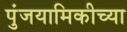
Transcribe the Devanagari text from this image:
पुंजयामिकीच्या